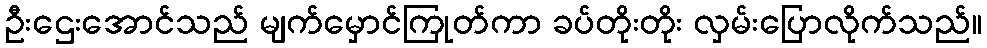
ဦးဌေးအောင်သည် မျက်မှောင်ကြုတ်ကာ ခပ်တိုးတိုး လှမ်းပြောလိုက်သည်။